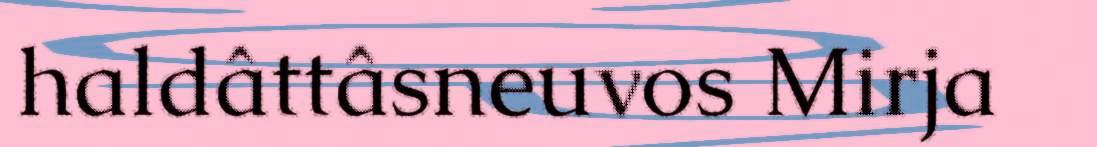
haldâttâsneuvos Mirja